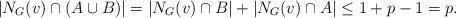
LaTeX: \begin{align*}|N_{G}(v)\cap(A\cup B)|=|N_{G}(v)\cap B|+|N_{G}(v)\cap A|\leq 1+p-1=p.\end{align*}